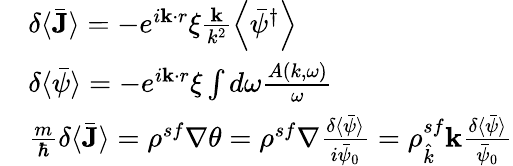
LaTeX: \begin{array}{rl}&{\delta\langle\bar{\mathbf{J}}\rangle=-e^{i\mathbf{k}\cdot r}\xi\frac{\mathbf{k}}{k^{2}}\left\langle\bar{\psi}^{\dagger}\right\rangle}\\ &{\delta\langle\bar{\psi}\rangle=-e^{i\mathbf{k}\cdot r}\xi\int d\omega\frac{A(k,\omega)}{\omega}}\\ &{\frac{m}{\hbar}\delta\langle\bar{\mathbf{J}}\rangle=\rho^{sf}\nabla\theta=\rho^{sf}\nabla\frac{\delta\langle\bar{\psi}\rangle}{i\bar{\psi}_{0}}=\rho_{\hat{k}}^{sf}\mathbf{k}\frac{\delta\langle\bar{\psi}\rangle}{\bar{\psi}_{0}}}\end{array}